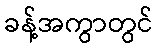
ခန့်အကွာတွင်